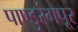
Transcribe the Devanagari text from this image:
पाण्डुरंगपूर